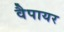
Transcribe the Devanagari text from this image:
वैपायर